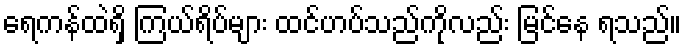
ရေကန်ထဲရှိ ကြယ်ရိပ်များ ထင်ဟပ်သည်ကိုလည်း မြင်နေ ရသည်။